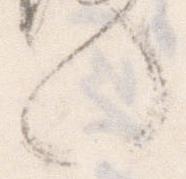
也